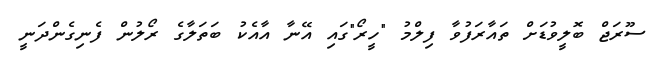
ސޫރަޖް ބޮލީވުޑަށް ތައާރަފުވާ ފިލްމު "ހީރޯ"ގައި އޭނާ އާއެކު ބަތަލާގެ ރޯލުން ފެނިގެންދަނީ